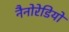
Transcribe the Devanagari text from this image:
नैनोरेडियो